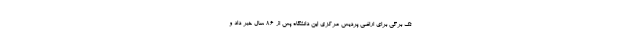
تک برگی برای اراضی پردیس مرکزی این دانشگاه پس از 86 سال خبر داد و